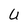
Character: U